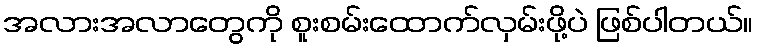
အလားအလာတွေကို စူးစမ်းထောက်လှမ်းဖို့ပဲ ဖြစ်ပါတယ်။